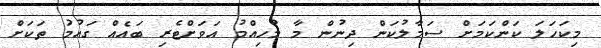
މިކަހަލަ ކަންކަމަށް ސަމާލުކަން ދިނުން މާ މުހިއްމު އަވަށްޓެރި ބައެއް ގައުމުަ ތަކަށް